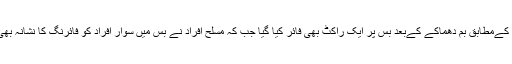
پولیس کےمطابق بم دھماکے کےبعد بس پر ایک راکٹ بھی فائر کیا گیا جب کہ مسلح افراد نے بس میں سوار افراد کو فائرنگ کا نشانہ بھی بنایا۔